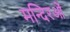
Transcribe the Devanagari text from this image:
मन्दिरओं